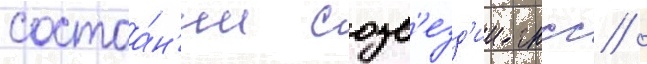
состоа́н'ии созв'езд'ии гнсс /